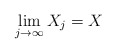
\begin{align*}\lim_{j\rightarrow \infty} X_j = X\end{align*}